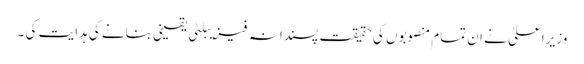
وزیراعلیٰ نے ان تمام منصوبوں کی حقیقت پسندانہ فیزیبلٹی یقینی بنانے کی ہدایت کی ۔